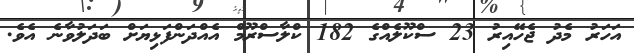
އަހަރު މެދު ޖެހޭއިރު 23 ސްކޫލެއްގެ 182 ކްލާސްރޫމް އެއްދަންފަޅިޔަށް ބަދަލުވާނެ އެވެ.